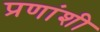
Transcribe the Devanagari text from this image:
प्रणांशी